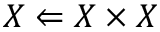
X \Leftarrow X \times X